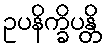
ဥပနိက္ခိပန္တိ